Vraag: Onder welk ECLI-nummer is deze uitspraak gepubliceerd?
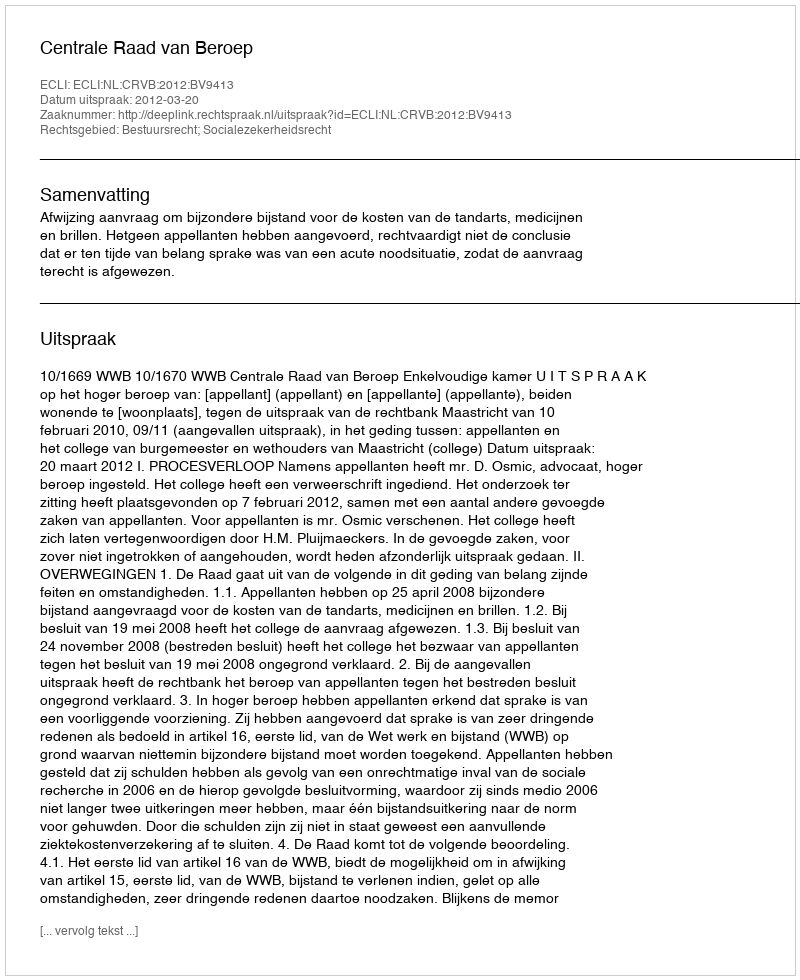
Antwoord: ECLI:NL:CRVB:2012:BV9413